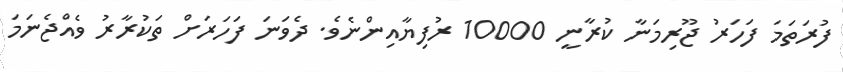
ފުރަތަމަ ފަހަރު ޖޫރިމަނާ ކުރާނީ 10000 ރުފިޔާއިންނެވެ. ދެވަނަ ފަހަރަށް ތަކުރާރު ވެއްޖެނަމަ